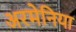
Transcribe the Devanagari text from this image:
अरमेनिया